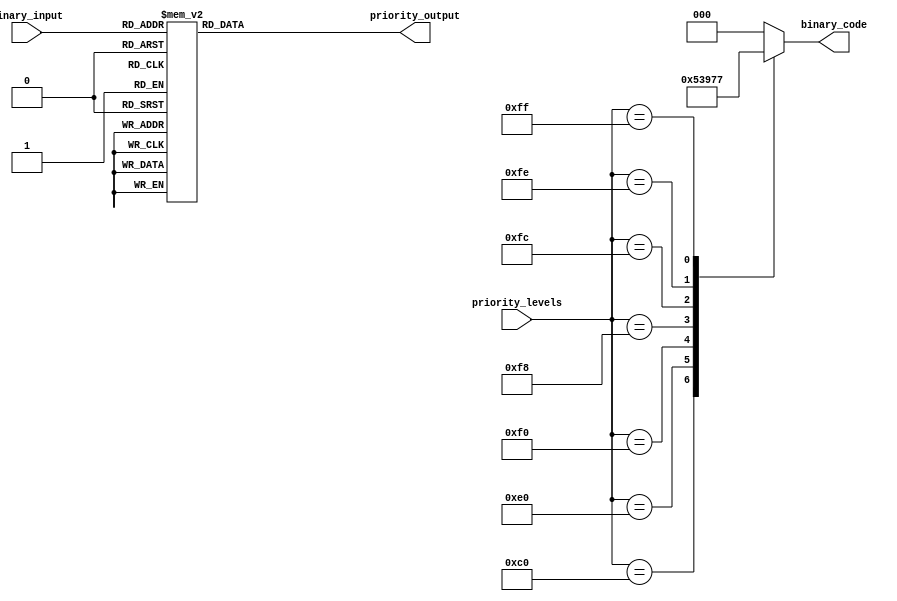
module priority_encoder_decoder (
    input [7:0] priority_levels,
    output reg [2:0] binary_code,
    input [2:0] binary_input,
    output reg [7:0] priority_output
);

always @(*) begin
    case(priority_levels)
        8'b10000000: binary_code = 3'b000;
        8'b11000000: binary_code = 3'b001;
        8'b11100000: binary_code = 3'b010;
        8'b11110000: binary_code = 3'b011;
        8'b11111000: binary_code = 3'b100;
        8'b11111100: binary_code = 3'b101;
        8'b11111110: binary_code = 3'b110;
        8'b11111111: binary_code = 3'b111;
        default: binary_code = 3'b000;
    endcase
end

always @(*) begin
    case(binary_input)
        3'b000: priority_output = 8'b10000000;
        3'b001: priority_output = 8'b11000000;
        3'b010: priority_output = 8'b11100000;
        3'b011: priority_output = 8'b11110000;
        3'b100: priority_output = 8'b11111000;
        3'b101: priority_output = 8'b11111100;
        3'b110: priority_output = 8'b11111110;
        3'b111: priority_output = 8'b11111111;
        default: priority_output = 8'b10000000;
    endcase
end

endmodule